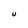
Character: U